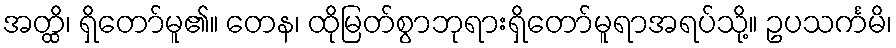
အတ္ထိ၊ ရှိတော်မူ၏။ တေန၊ ထိုမြတ်စွာဘုရားရှိတော်မူရာအရပ်သို့။ ဥပသင်္ကမိ၊